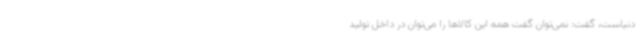
دنیاست، گفت: نمی‌توان گفت همه این‌ کالاها را می‌توان در داخل تولید